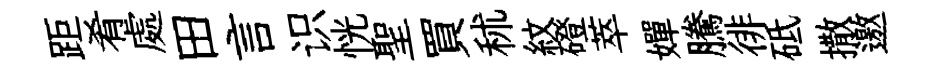
距肴處田言识恍聖買秫紋磴萃嬋騰徘砥撒邀